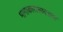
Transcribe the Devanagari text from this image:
भागाकारासारख्या